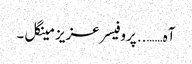
آہ…….. پروفیسر عزیز مینگل ۔